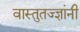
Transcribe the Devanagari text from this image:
वास्तुतज्ज्ञांनी